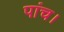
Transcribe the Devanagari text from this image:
पांच।